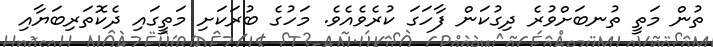
ތުން މަތީ ތުނބަށްވުރެ ދިގުކަން ފާހަގަ ކުރެވެއެވެ. މަހުގެ ބުރަކަށި މަތީގައި ދެކޮތަރިބަޔާއި